Civil Veterinary Department Bihar & Orissa reports 1922-29 - 1922-1929
Year: 1922
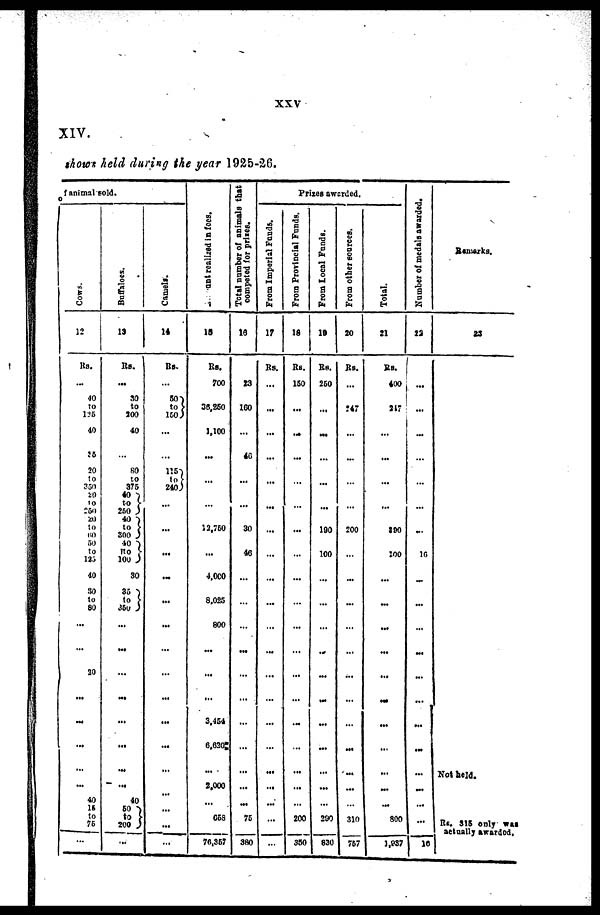
XXV
XIV.
show held during the year 1925-26.
Cows.
12
Rs.
40
to
125
40
38
20
to
350
20
to
250
20
to
60
50
to
125
40
.10
to
80
30
40
15
to
76
Buffaloes.
19
Rs.
80
to
300
40
80
to
376
40
to
260 )
40
to
300 )
40
no
100
so
35
to
350)
—4
40
50
to
200 J
Camel*.
14
Rs.
60
to
120
...
115
to
240
...
...
...
—
...
...
...
ant realised in fees.
15
Rs.
700
38,250
1,100
...
...
...
12,760
...
4,000
8,025
800
3,454
6,620
063
76,357
Total number of animals that
competed for prices.
16
23
160
...
40
...
...
30
46
...
...
76
380
From Imporial Funds.
17
Rs.
...
...
...
...
...
...
...
...
From Provincial Funds.
18
Rs.
160
...
...
...
...
...
...
...
200
350
From Local Funds.
IB
Rs.
260
...
...
...
190
100
...
...
200
830
From other sources.
20
Rs.
247
...
...
200
...
...
...
...
310
767
Total.
21
400
317
...
...
...
100
100
...
...
...
...
800
1,837
Number of medals awarded.
23
...
...
...
...
16
...
...
...
...
...
...
10
Remarks.
as
Not held.
1 Rs. 318 only vat
actually awarded.